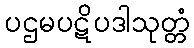
ပဌမပဋိပဒါသုတ္တံ